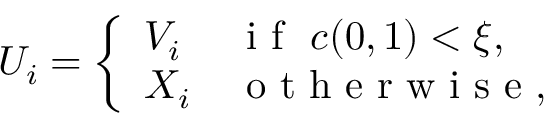
U _ { i } = \left\{ \begin{array} { l l } { V _ { i } } & { \mathrm { ~ i ~ f ~ } \ c ( 0 , 1 ) < \xi , } \\ { X _ { i } } & { \mathrm { ~ o ~ t ~ h ~ e ~ r ~ w ~ i ~ s ~ e ~ } , } \end{array} \right.